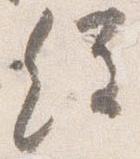
経